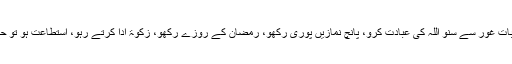
میری بات غور سے سنو اللہ کی عبادت کرو، پانچ نمازیں پوری رکھو، رمضان کے روزے رکھو، زکوٰۃ ادا کرتے رہو، استطاعت ہو تو حج کرو۔